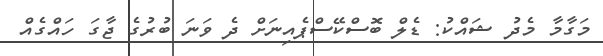
މަގާމާ މެދު ޝައްކު: ޑެލް ބޮސްކޭސްޕެއިނަށް ދެ ވަނަ ބުރުގެ ޖާގަ ހައްގެއް